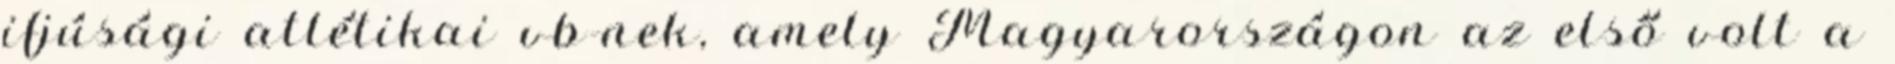
ifjúsági atlétikai vb-nek, amely Magyarországon az első volt a